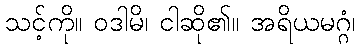
သင့်ကို။ ဝဒါမိ၊ ငါဆို၏။ အရိယမဂ္ဂံ၊